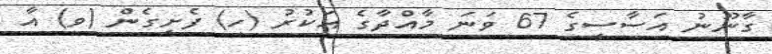
ގާނޫނު އަސާސީގެ 67 ވަނަ މާއްދާގެ އަކުރު (ހ) ފެށިގެން (ވ) އާ